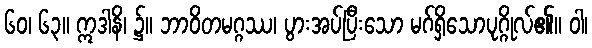
၆၀၊ ၆၃။ ဣဒါနိ၊ ၌။ ဘာဝိတမဂ္ဂဿ၊ ပွားအပ်ပြီးသော မဂ်ရှိသောပုဂ္ဂိုလ်၏။ ဝါ၊